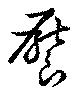
饜